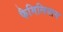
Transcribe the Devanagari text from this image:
फैमिलियास